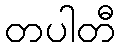
တပါတီ